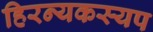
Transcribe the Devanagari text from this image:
हिरन्यकस्यप